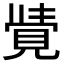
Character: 𮗓